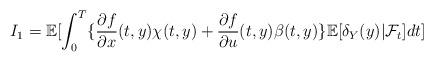
LaTeX: \begin{align*} I_1=\mathbb{E}[\int_0^T\{\frac{\partial f}{\partial x}(t,y)\chi(t,y)+\frac{\partial f}{\partial u}(t,y)\beta(t,y)\}\mathbb{E}[\delta_Y(y)|\mathcal{F}_t]dt]\end{align*}